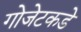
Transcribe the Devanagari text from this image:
गोजेटकडे